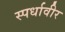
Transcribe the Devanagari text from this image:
स्पर्धावीर